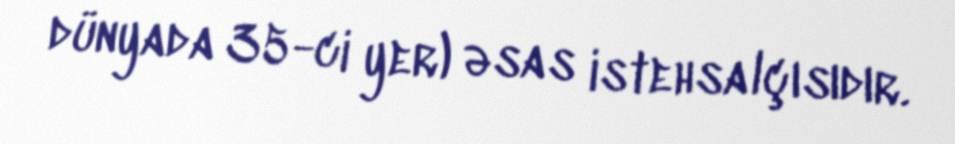
dünyada 35-ci yer) əsas istehsalçısıdır.